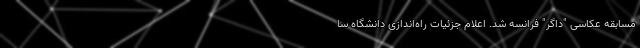
مسابقه عکاسی "داگر" فرانسه شد. اعلام جزئیات راه‌اندازی دانشگاه سا